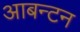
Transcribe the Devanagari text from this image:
आबन्टन